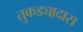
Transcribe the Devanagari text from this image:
तुकड्यादास